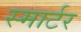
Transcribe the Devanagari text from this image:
स्मार्टर